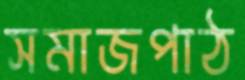
সমাজপাঠ